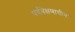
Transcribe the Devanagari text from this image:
पर्यवेक्षणाधीन